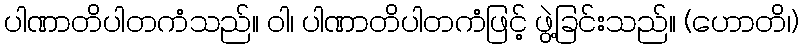
ပါဏာတိပါတကံသည်။ ဝါ၊ ပါဏာတိပါတကံဖြင့် ဖွဲ့ခြင်းသည်။ (ဟောတိ၊)